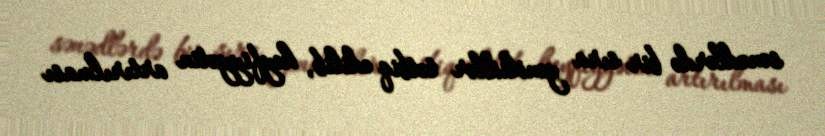
sənədlərdə bir sıra yeniliklər tətbiq edilib, keyfiyyətin artırılması